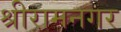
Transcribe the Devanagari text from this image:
श्रीरामनगर